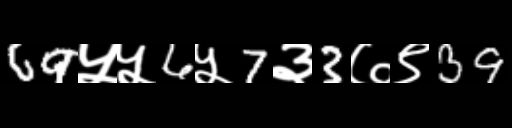
Text: 69५५6५7३3७९39